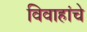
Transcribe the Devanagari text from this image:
विवाहांचे